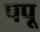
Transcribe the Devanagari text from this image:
पपू